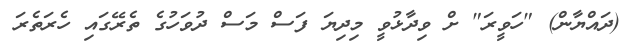
(ދައްޔާން) "ހަވީރަ" ށް ވިދާޅުވީ މިދިޔަ ފަސް މަސް ދުވަހުގެ ތެރޭގައި ހެރަތެރަ